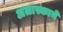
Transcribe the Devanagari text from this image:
अलास्काने